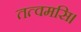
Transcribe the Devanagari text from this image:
तत्वमसि।